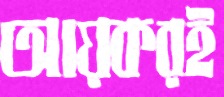
আয়করই